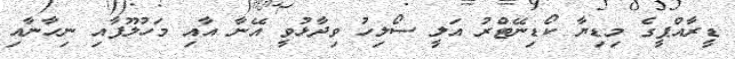
ޑީރާއްޕީގެ މިޑިޔާ ކޯޑިނޭޓްރު އަލީ ސޯލިހު ވިދާޅުވީ އޭނާ އާއި މަހުލޫފާއި ނިހާނާއި